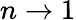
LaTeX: n\to 1